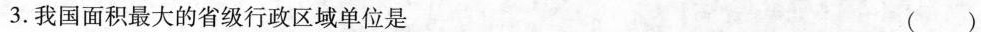
3. 我国面积最大的省级行政区域单位是 ( )